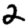
Digit: 2